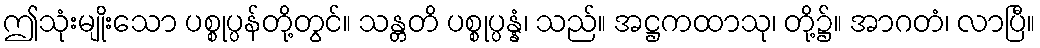
ဤသုံးမျိုးသော ပစ္စုပ္ပန်တို့တွင်။ သန္တတိ ပစ္စုပ္ပန္နံ၊ သည်။ အဋ္ဌကထာသု၊ တို့၌။ အာဂတံ၊ လာပြီ။